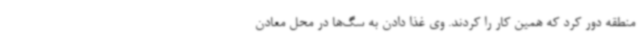
منطقه دور کرد که همین کار را کردند. وی غذا دادن به سگ‌ها در محل معادن